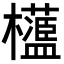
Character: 𣠅